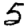
Digit: 5